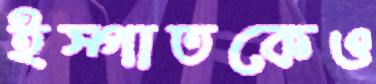
ইস্পাতকেও